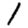
Digit: 1